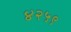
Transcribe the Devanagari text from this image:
४२५९